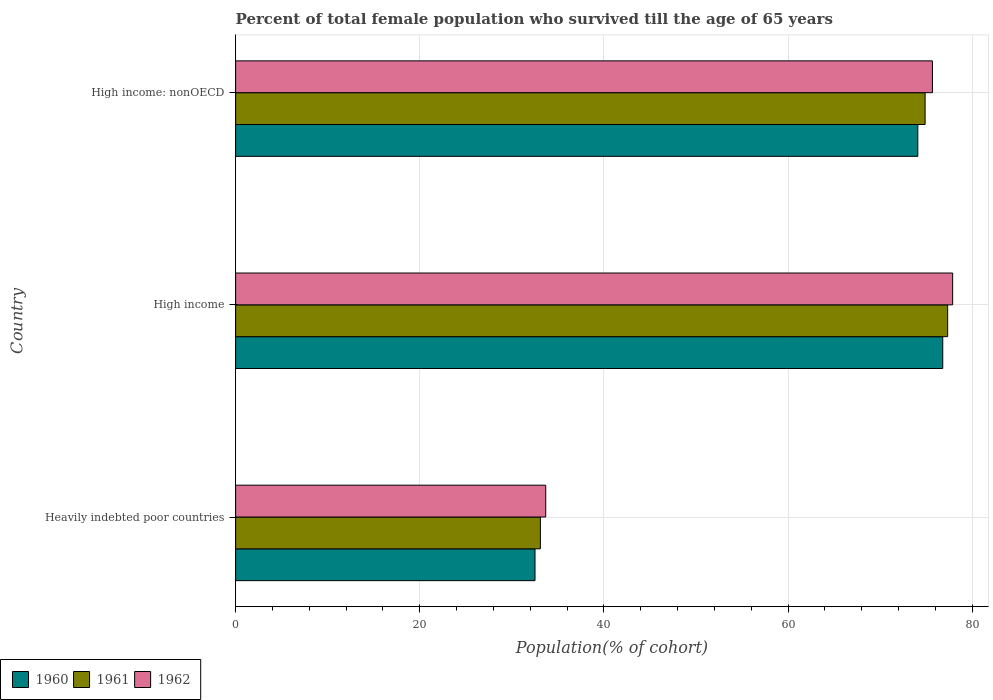
| Country | 1960 | 1961 | 1962 |
 | --- | --- | --- | --- |
 | Heavily indebted poor countries | 32.5 | 33.1 | 33.7 |
 | High income | 76.8 | 77.3 | 77.9 |
 | High income: nonOECD | 74.1 | 74.9 | 75.7 |